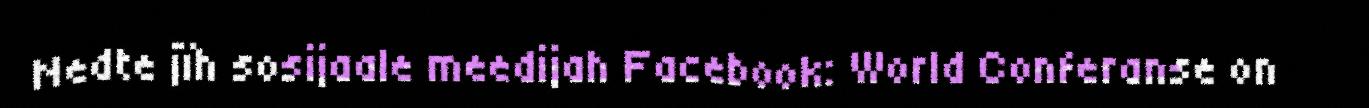
Nedte jïh sosijaale meedijah Facebook: World Conferanse on